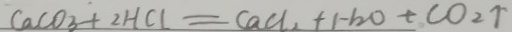
C a C O _ { 3 } + 2 H C l = C a C l _ { 2 } + H _ { 2 } O + C O _ { 2 } \uparrow